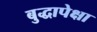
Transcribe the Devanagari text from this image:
बुद्धापेक्षा